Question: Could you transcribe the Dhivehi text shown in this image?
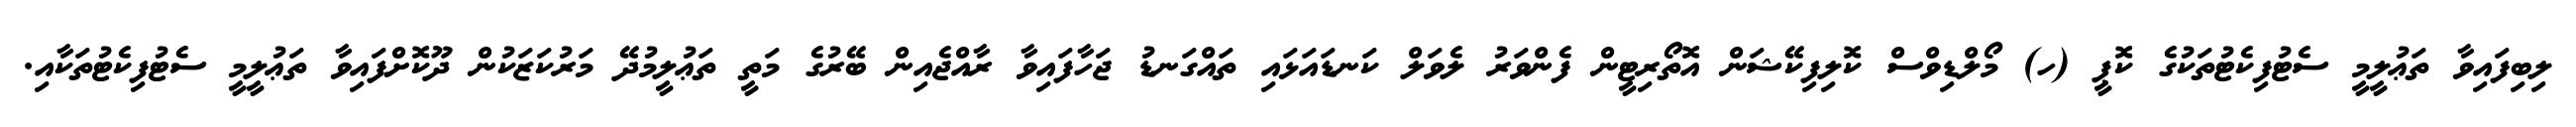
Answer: ލިބިފައިވާ ތަޢުލީމީ ސެޓުފިކެޓުތަކުގެ ކޮޕީ (ހ) މޯލްޑިވްސް ކޮލިފިކޭޝަން އޮތޯރިޓީން ފެންވަރު ލެވަލް ކަނޑައަޅައި ތައްގަނޑު ޖަހާފައިވާ ރާއްޖެއިން ބޭރުގެ މަތީ ތަޢުލީމުދޭ މަރުކަޒަކުން ދޫކޮށްފައިވާ ތަޢުލީމީ ސެޓުފިކެޓުތަކާއި.